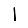
Digit: 1